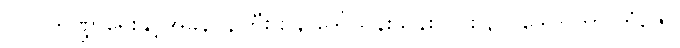
၁၁။ ဘဏ္ဍာရေးနှင့်အခွန်ဝန်ကြီးဌာန ဒေါ်သန်းသန်းလင်း ၃၁ ဒေါက်တာ ကံဇော်